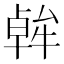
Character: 𪟷